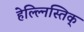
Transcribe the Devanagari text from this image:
हेल्ल्निस्तिक्